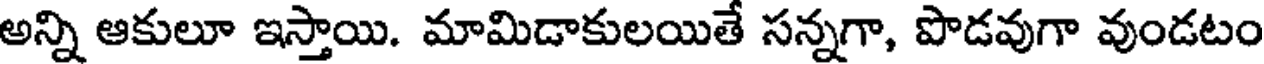
అన్ని ఆకులూ ఇస్తాయి. మామిడాకులయితే సన్నగా, పొడవుగా వుండటం